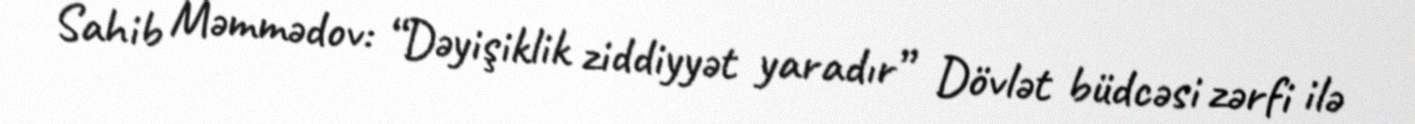
Sahib Məmmədov: “Dəyişiklik ziddiyyət yaradır” Dövlət büdcəsi zərfi ilə